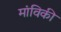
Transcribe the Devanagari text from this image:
मांविकी